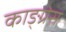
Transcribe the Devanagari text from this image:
काङ्ग्रेस